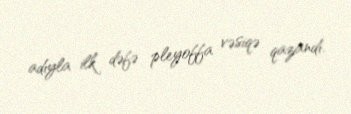
adıyla ilk dəfə pleyoffa vəsiqə qazandı.